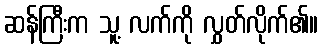
ဆန်ကြီးက သူ့ လက်ကို လွှတ်လိုက်၏။